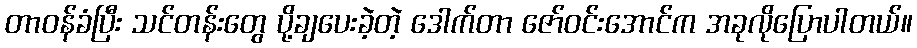
တာဝန်ခံပြီး သင်တန်းတွေ ပို့ချပေးခဲ့တဲ့ ဒေါက်တာ ဇော်ဝင်းအောင်က အခုလိုပြောပါတယ်။